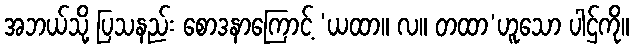
အဘယ်သို့ ပြသနည်း စောဒနာကြောင့် ‘ယထာ။ လ။ တထာ’ဟူသော ပါဌ်ကို။